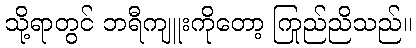
သို့ရာတွင် ဘရီကျူးကိုတော့ ကြည်ညိုသည်။